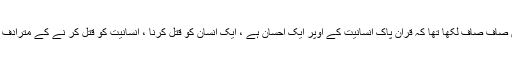
حامد نے مجھے لنکس بھیجے ، قران پاک کی آئیتیں بھیجیں ، جن میں صاف صاف لکھا تھا کہ قران پاک انسانیت کے اوپر ایک احسان ہے ، ایک انسان کو قتل کرنا ، انسانیت کو قتل کر نے کے مترادف اور ایک انسان کو بچانا ، پو ری انسانیت کو بچانے کے مترادف ہے ۔